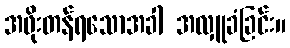
အဖိုးတန်ရသောအခါ အလှူခံခြင်း။